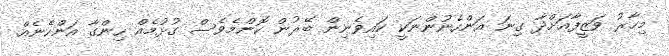
މިހާރު ވަޒީފާއަށްދާ ގިނަ އަންހެނުންނަކީ ކައިވެނިން ބޭރުން ކޮންމެވެސް ގުޅުމެއް ހިންގާ އަންހެނެއް.